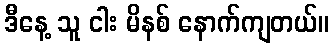
ဒီနေ့ သူ ငါး မိနစ် နောက်ကျတယ်။